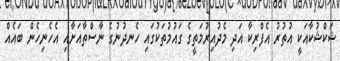
ޝަކްޝުކާއަކީ އުތުރު އެފްރިކާ އަދި މެދުއިރުމަަަތީގެ ގައުމުތަކުގައި ހެނދުނުގެ ނާސްތާއަށާއި އެހެނިހެން ބައެއް